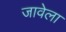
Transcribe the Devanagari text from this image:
जावेला